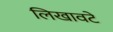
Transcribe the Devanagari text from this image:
लिखावटें